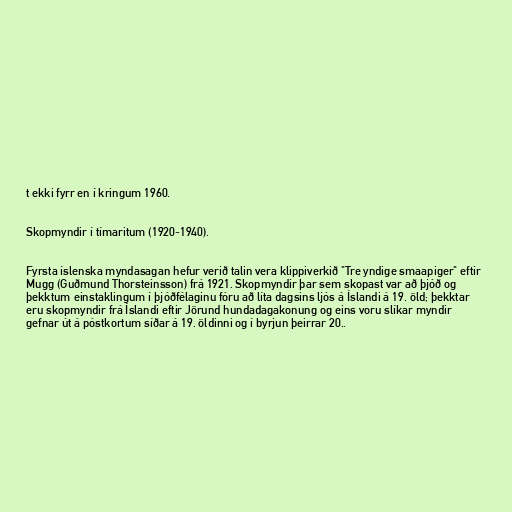
t ekki fyrr en í kringum 1960.

Skopmyndir í tímaritum (1920-1940).

Fyrsta íslenska myndasagan hefur verið talin vera klippiverkið "Tre yndige smaapiger" eftir
Mugg (Guðmund Thorsteinsson) frá 1921. Skopmyndir þar sem skopast var að þjóð og
þekktum einstaklingum í þjóðfélaginu fóru að líta dagsins ljós á Íslandi á 19. öld; þekktar
eru skopmyndir frá Íslandi eftir Jörund hundadagakonung og eins voru slíkar myndir
gefnar út á póstkortum síðar á 19. öldinni og í byrjun þeirrar 20..